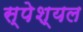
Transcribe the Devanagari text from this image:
स्पेश्यल